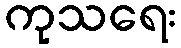
ကုသရေး